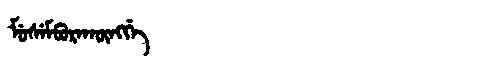
Manchu: ᠮᡠᠰᡝᠮᠪᡠᡵᠠᡴᡡᠩᡤᡝ
Romanization: MUSEMBURAKŪNGGE